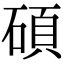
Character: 碩